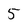
Character: 5